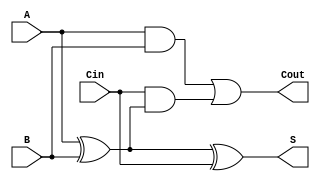
module FullAdder (
    input wire A,    // First input bit
    input wire B,    // Second input bit
    input wire Cin,  // Carry-in bit
    output wire S,    // Sum output
    output wire Cout  // Carry-out output
);

// Sum calculation using XOR
assign S = A ^ B ^ Cin;

// Carry-out calculation using AND and OR
assign Cout = (A & B) | (Cin & (A ^ B));

endmodule